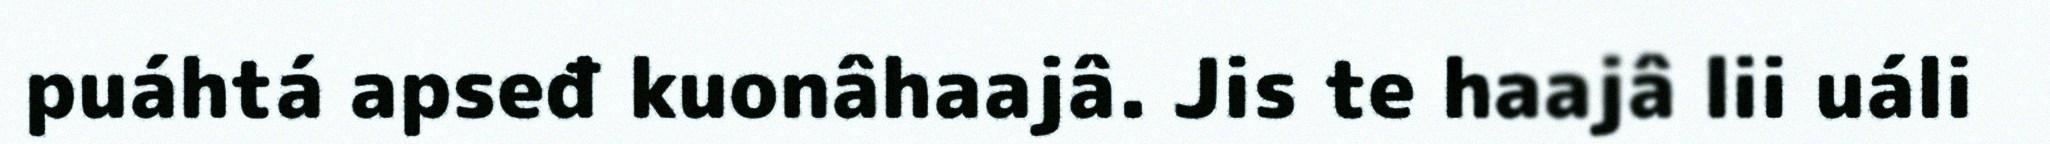
puáhtá apseđ kuonâhaajâ. Jis te haajâ lii uáli